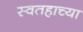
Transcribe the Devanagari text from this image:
स्वतहाच्या